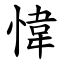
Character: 愇